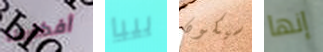
أفكارها بيبا سيكون إنها